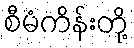
စီမံကိန်းတို့